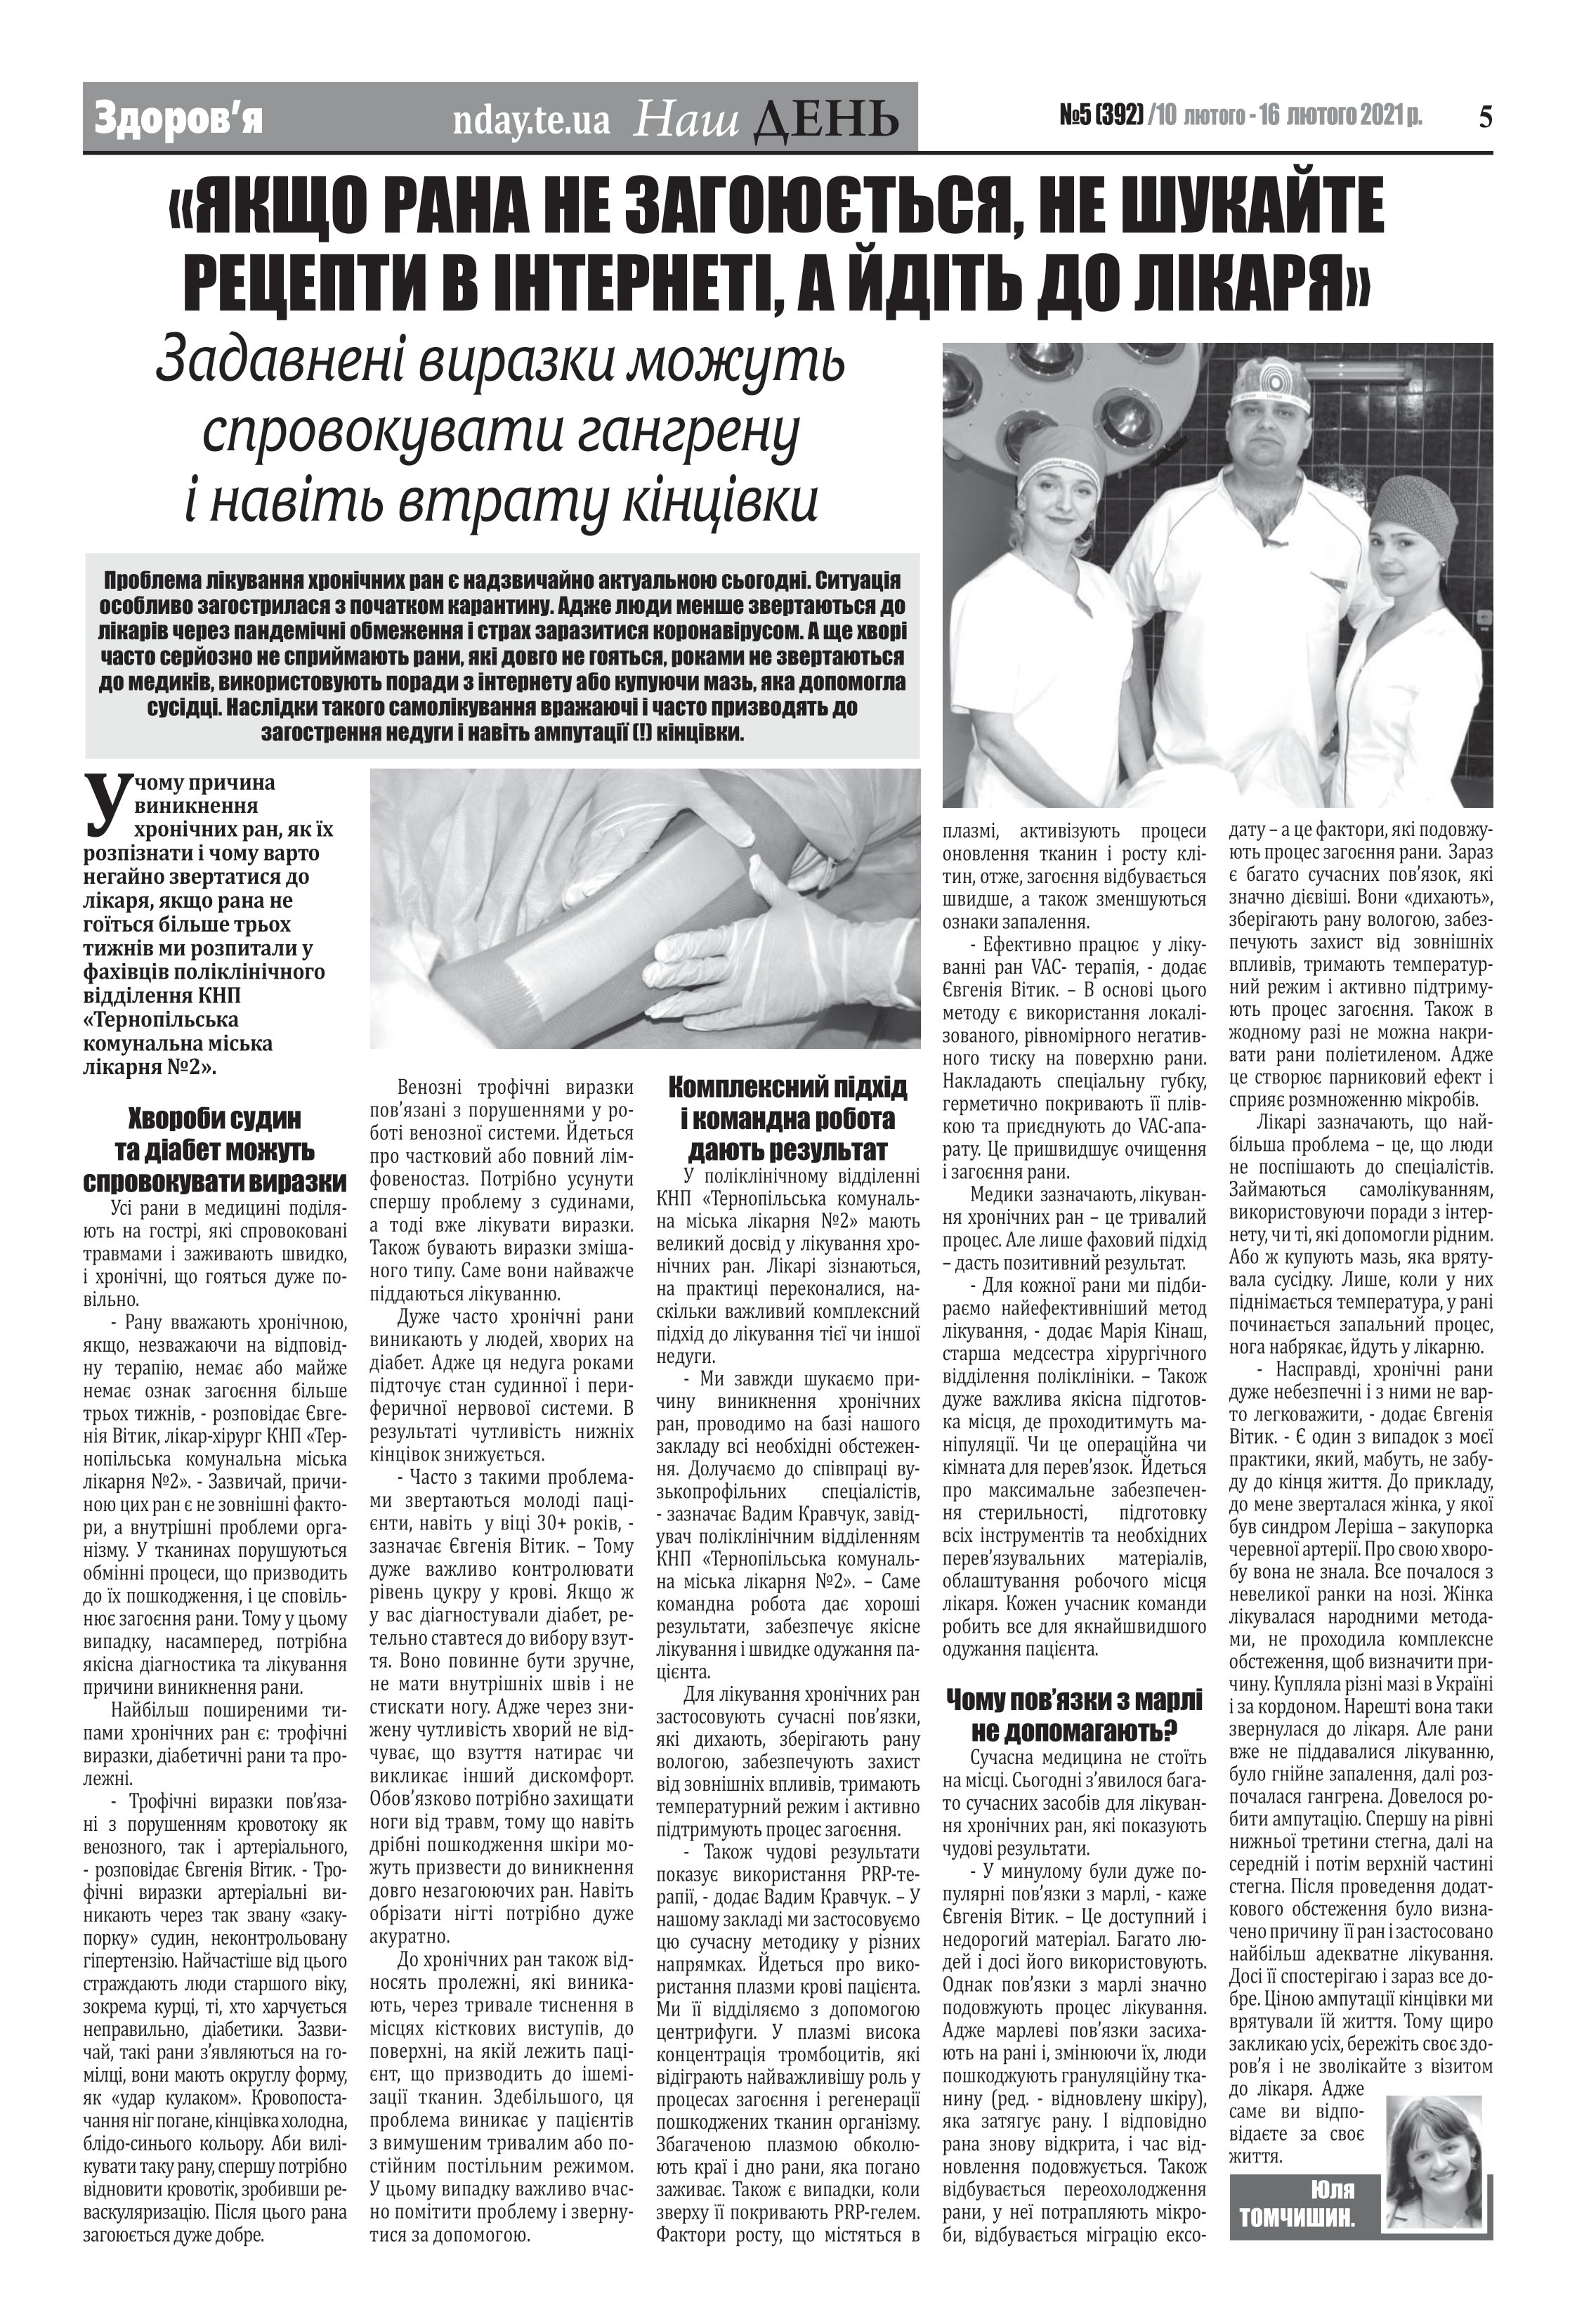
Language: uk